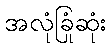
အလုံခြုံဆုံး